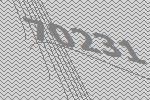
70231